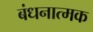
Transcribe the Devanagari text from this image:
बंधनात्मक